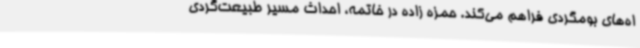
اه‌های بومگردی فراهم می‌کند. حمزه زاده در خاتمه، احداث مسیر طبیعت‌گردی